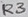
Text: R3